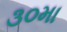
૩૦મા